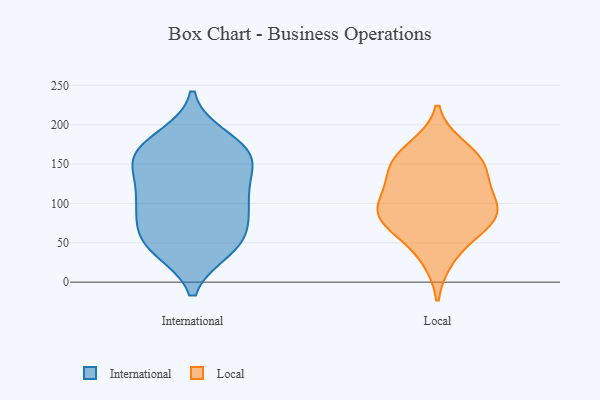
{"axis": {"x": "Satisfaction Score", "y": "Value"}, "legend": ["International", "Local"], "data": [{"x": "", "y": 66, "type": "International"}, {"x": "", "y": 51, "type": "International"}, {"x": "", "y": 96, "type": "International"}, {"x": "", "y": 166, "type": "International"}, {"x": "", "y": 86, "type": "International"}, {"x": "", "y": 141, "type": "International"}, {"x": "", "y": 42, "type": "International"}, {"x": "", "y": 50, "type": "International"}, {"x": "", "y": 101, "type": "International"}, {"x": "", "y": 45, "type": "International"}, {"x": "", "y": 161, "type": "International"}, {"x": "", "y": 158, "type": "International"}, {"x": "", "y": 115, "type": "International"}, {"x": "", "y": 172, "type": "International"}, {"x": "", "y": 111, "type": "International"}, {"x": "", "y": 183, "type": "International"}, {"x": "", "y": 153, "type": "International"}, {"x": "", "y": 146, "type": "Local"}, {"x": "", "y": 77, "type": "Local"}, {"x": "", "y": 158, "type": "Local"}, {"x": "", "y": 89, "type": "Local"}, {"x": "", "y": 170, "type": "Local"}, {"x": "", "y": 103, "type": "Local"}, {"x": "", "y": 125, "type": "Local"}, {"x": "", "y": 94, "type": "Local"}, {"x": "", "y": 146, "type": "Local"}, {"x": "", "y": 31, "type": "Local"}, {"x": "", "y": 65, "type": "Local"}, {"x": "", "y": 83, "type": "Local"}]}